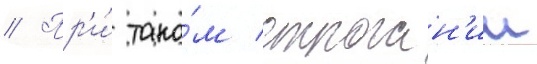
// Пр'и́ тако́м строган'ии